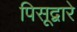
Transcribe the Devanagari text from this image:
पिसूद्वारे